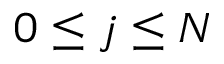
0 \le j \le N